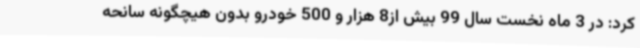
کرد: در 3 ماه نخست سال 99 بیش از8 هزار و 500 خودرو بدون هیچگونه سانحه